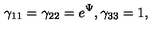
{ \gamma } _ { 1 1 } = { \gamma } _ { 2 2 } = e ^ { \Psi } , { \gamma } _ { 3 3 } = 1 ,